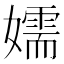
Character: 嬬